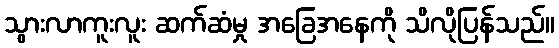
သွားလာကူးလူး ဆက်ဆံမှု အခြေအနေကို သိလိုပြန်သည်။